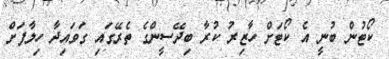
ކޯޓުން ބުނީ އެ ކޯޓަށް ހާޒިރު ކުރާ ބިދޭސީންގެ ތެރޭގައި ގަވައިދާ ހިލާފަށް